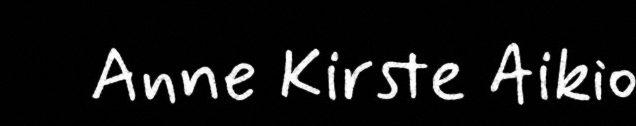
Anne Kirste Aikio